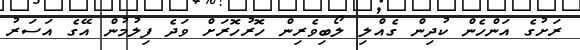
ރަށުގެ އަންހެން ކުދިން ގެއްލި ލޯބިވެރިން ހޮރުހޮރަށް ވަދެ ފިލުމުން އޭގެ އަސަރު